Civil Veterinary Department Bihar reports 1936-40 - 1936-1940
Year: 1936
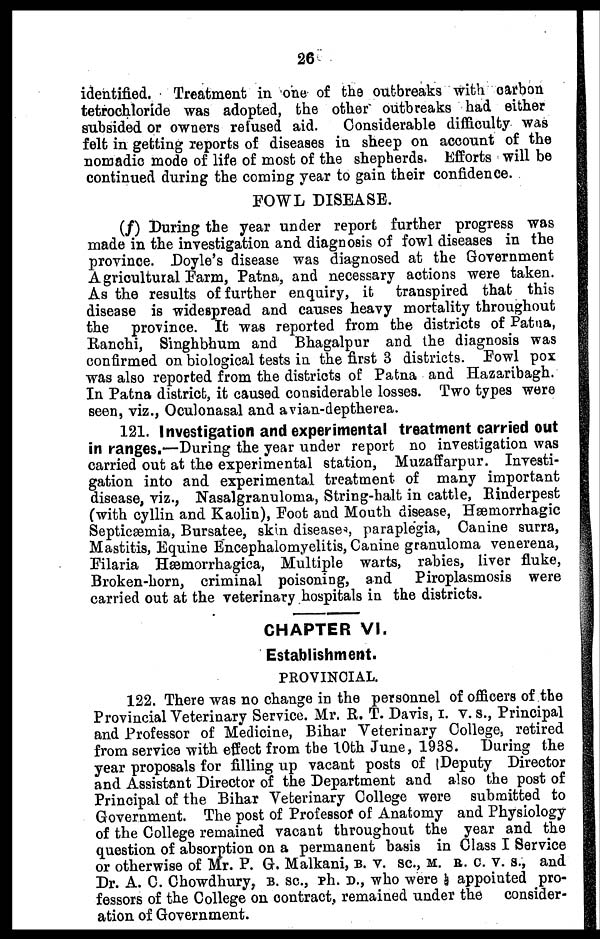
26
identified.
Treatment in one of the outbreaks with carbon
tetrochloride was adopted, the other outbreaks had either
subsided or owners refused aid.
Considerable difficulty was
felt in getting reports of diseases in sheep on account of the
nomadic mode of life of most of the shepherds. Efforts will be
continued during the coming year to gain their confidence.
FOWL DISEASE.
(f) During the year under report further progress was
made in the investigation and diagnosis of fowl diseases in the
province. Doyle's disease was diagnosed at the Government
Agricultural Farm, Patna, and necessary actions were taken.
As the results of further enquiry, it transpired that this
disease is widespread and causes heavy mortality throughout
the province. It was reported from the districts of Patna,
Ranchi, Singhbhum and Bhagalpur and the diagnosis was
confirmed on biological tests in the first 3 districts. Fowl pox
was also reported from the districts of Patna and Hazaribagh.
In Patna district, it caused considerable losses. Two types were
seen, viz., Oculonasal and avian-deptherea.
121. Investigation and experimental treatment carried out
in ranges.—During the year under report no investigation was
carried out at the experimental station, Muzaffarpur. Investi-
gation into and experimental treatment of many important
disease, viz., Nasalgranuloma, String-halt in cattle, Rinderpest
(with cyllin and Kaolin), Foot and Mouth disease, Hæmorrhagic
Septicæmia, Bursatee, skin diseases, paraplegia, Canine surra,
Mastitis, Equine Encephalomyelitis, Canine granuloma venerena,
Filaria Hæmorrhagica, Multiple warts, rabies, liver fluke,
Broken-horn, criminal poisoning, and
Piroplasmosis were
carried out at the veterinary hospitals in the districts.
CHAPTER VI.
Establishment.
PROVINCIAL.
122. There was no change in the personnel of officers of the
Provincial Veterinary Service. Mr. R. T. Davis, I. V. S., Principal
and Professor of Medicine, Bihar Veterinary College, retired
from service with effect from the 10th June, 1938. During the
year proposals for filling up vacant posts of Deputy Director
and Assistant Director of the Department and also the post of
Principal of the Bihar Veterinary College were submitted to
Government. The post of Professor of Anatomy and Physiology
of the College remained vacant throughout the year and the
question of absorption on a permanent basis in Class I Service
or otherwise of Mr. P. G. Malkani, B. V. SC., M. R. C. V. S., and
Dr. A. C. Chowdhury, B. SC., Ph. D., who were ½ appointed pro-
fessors of the College on contract, remained under the
consider-
ation of Government.